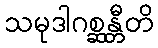
သမုဒါဂစ္ဆန္တီတိ